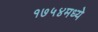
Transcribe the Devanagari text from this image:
१७५४मध्ये